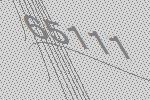
65111